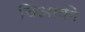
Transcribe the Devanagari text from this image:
चिआकी